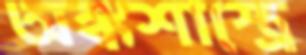
অঙ্কশাস্ত্রে